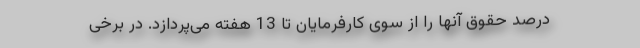
درصد حقوق آنها را از سوی کارفرمایان تا 13 هفته می‌پردازد. در برخی